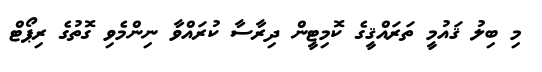
މި ބިލު ޤައުމީ ތަރައްޤީގެ ކޮމިޓީން ދިރާސާ ކުރައްވާ ނިންމެވި ގޮތުގެ ރިޕޯޓް